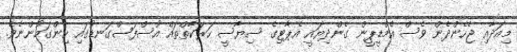
މިއަދާއި ޖެހެންދެން ވެސް އެމްޑީޕީން ގެންދިޔައީ އެޕާޓިގެ ސިޔާސީ ހަރަކާތްތައް އުސްފަސްގަނޑުގައި ހިންގަމުންނެވެ.